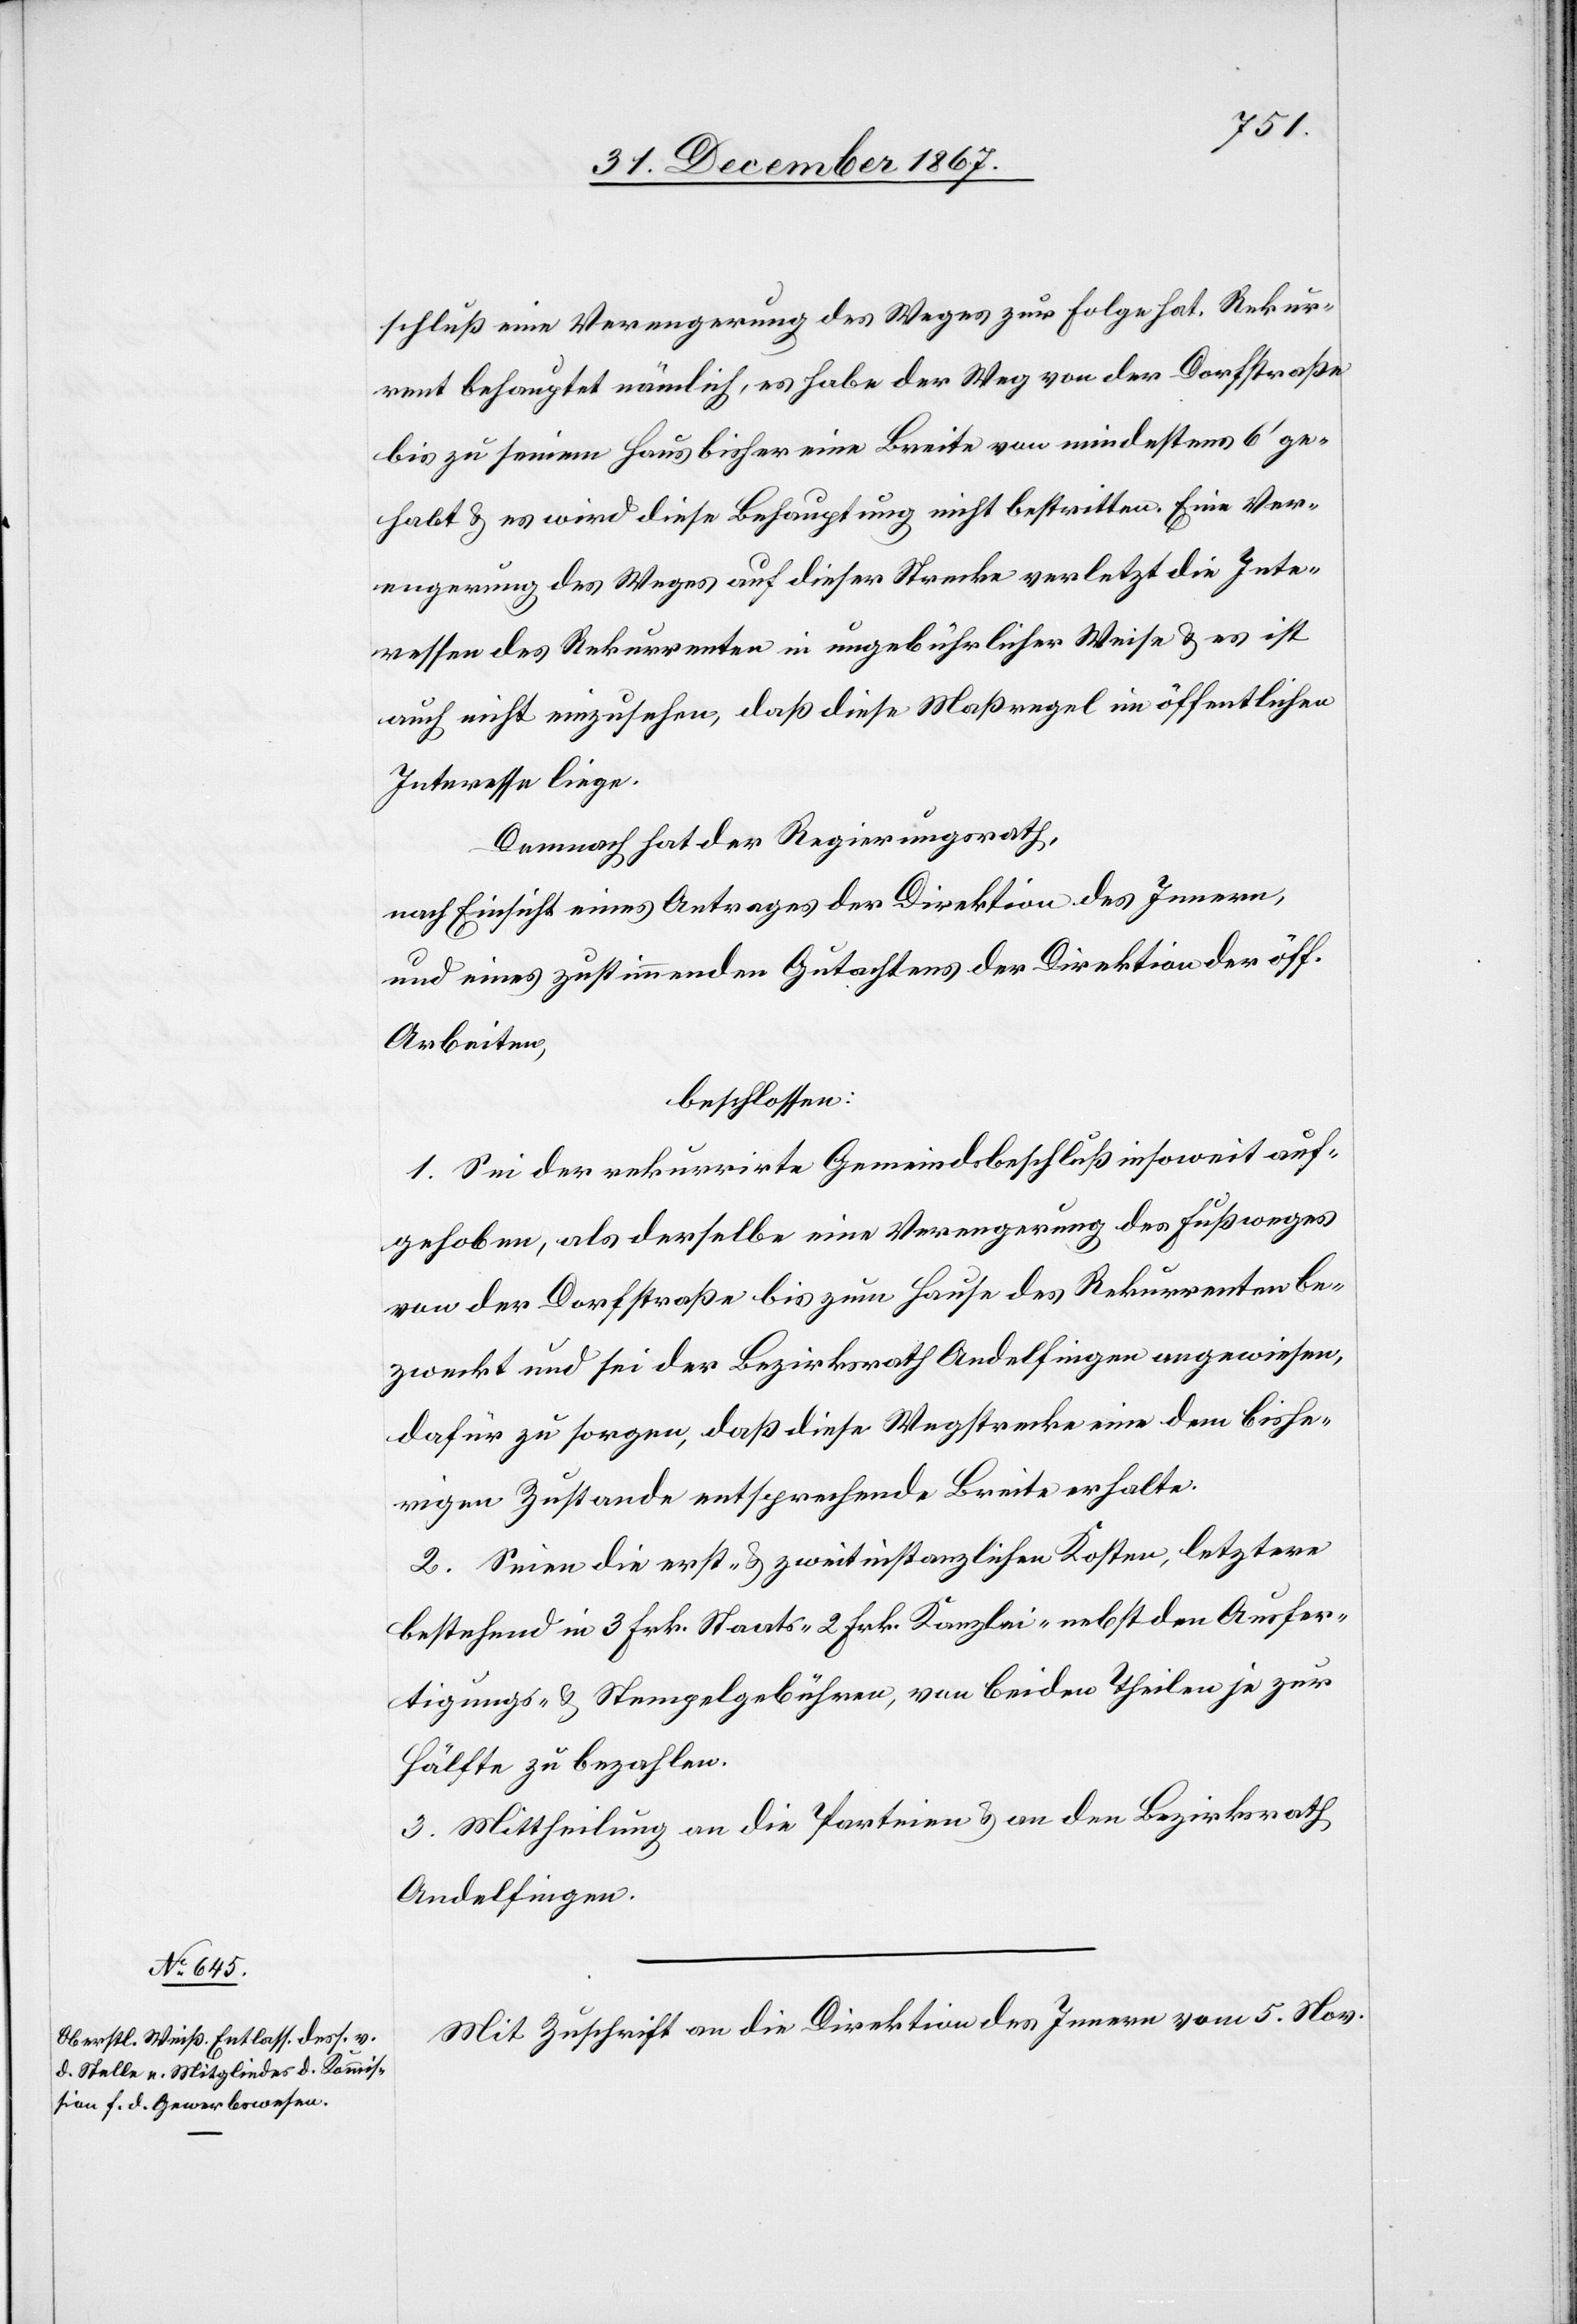
schluß eine Verengung des Weges zur Folge hat. Rekur¬
rent behauptet nämlich, es habe der Weg von der Dorfstraße
bis zu einem Haus bisher eine Breite von mindestens 6‘ ge¬
habt u. es wird diese Behauptung nicht bestritten. Eine Ver¬
engung des Weges auf dieser Strecke verletzt die Inte¬
ressen des Rekurrenten in ungebührlicher Weise u. es ist
auch nicht einzusehen, daß diese Maßregel im öffentlichen
Interesse liege.
Demnach hat der Regierungsrath,
nach Einsicht eines Antrages der Direktion des Innern,
und eines zustimmenden Gutachtens der Direktion der öff.
Arbeiten,
beschlossen:
1. Sei der rekurrirte Gemeindsbeschluß insoweit auf¬
gehoben, als derselbe eine Verengung des Fußweges
von der Dorfstraße bis zum Hause des Rekurrenten be¬
zweckt und sei der Bezirksrath Andelfingen angewiesen,
dafür zu sorgen, daß diese Wegstrecke eine dem bishe¬
rigen Zustande entsprechende Breite erhalte.
2. Seien die erst- u. zweitinstanzlichen Kosten, letztere
bestehend in 3 Frk. Staats-[,] 2 Frk. Kanzlei- nebst den Ausfer¬
tigungs- u. Stempelgebühren, von beiden Theilen je zur
Hälfte zu bezahlen.
3. Mittheilung an die Parteien u. an den Bezirksrath
Andelfingen.
Mit Zuschrift an die Direktion des Innern vom 5. Nov.